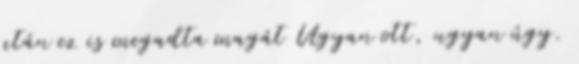
után ez is megadta magát Ugyan ott, ugyan úgy.